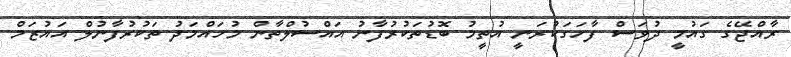
ރާއްޖޭގެ ގައުމީ ދުވަސް ފާހަގަކުރަނީ އުތީމު ބޮޑުތަކުރުފާނު އައްސުލްތާން މުހައްމަދު ތަކުރުފާނުލް އައުޒަމް